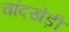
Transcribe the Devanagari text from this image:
चांदखेड़ी